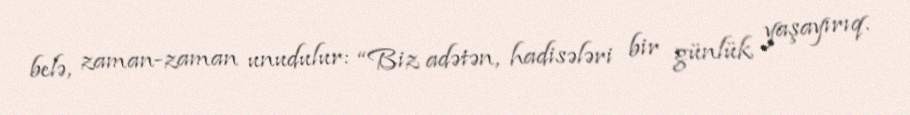
belə, zaman-zaman unudulur: “Biz adətən, hadisələri bir günlük yaşayırıq.